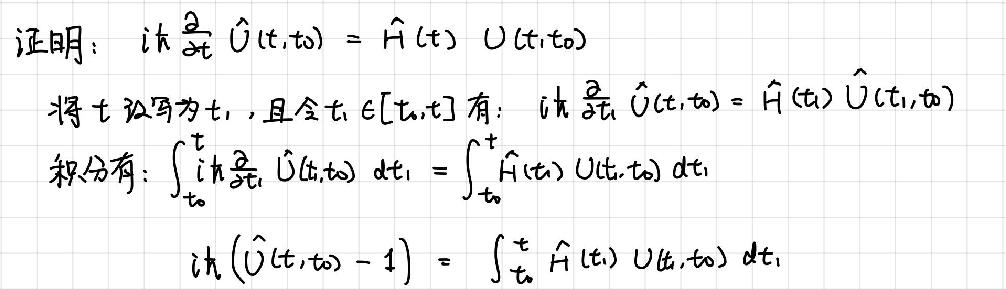
证明：$i\hbar\frac{\partial}{\partial t}\hat{U}(t,t_0)=\hat{H}(t)\hat{U}(t,t_0)$
将$t$改写为$t_1$，且令$t_1\in[t_0,t]$有：$i\hbar\frac{\partial}{\partial t_1}\hat{U}(t_1,t_0)=\hat{H}(t_1)\hat{U}(t_1,t_0)$
积分有：$\int_{t_0}^{t}i\hbar\frac{\partial}{\partial t_1}\hat{U}(t_1,t_0)dt_1=\int_{t_0}^{t}\hat{H}(t_1)\hat{U}(t_1,t_0)dt_1$
$i\hbar(\hat{U}(t,t_0)-1)=\int_{t_0}^{t}\hat{H}(t_1)\hat{U}(t_1,t_0)dt_1$